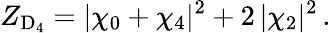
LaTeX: Z_{\mathrm{D}_{4}}=|\chi_{0}+\chi_{4}|^{2}+2\, |\chi_{2}|^{2}\, .